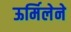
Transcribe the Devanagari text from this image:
ऊर्मिलेने